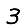
Digit: 3